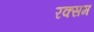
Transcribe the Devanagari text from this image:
रक्सम